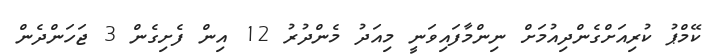
ކޭމްޕު ކުރިއަށްގެންދިއުމަށް ނިންމާފައިވަނީ މިއަދު މެންދުރު 12 އިން ފެށިގެން 3 ޖަހަންދެން